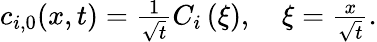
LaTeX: \begin{array}{r}{c_{i,0}(x,t)=\frac{1}{\sqrt{t}}C_{i}\left(\xi\right),\quad\xi=\frac{x}{\sqrt{t}}.}\end{array}